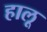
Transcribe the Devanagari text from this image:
हालू